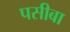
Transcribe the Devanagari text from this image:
पसीबा